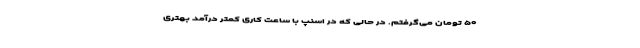
۵۰ تومان می‌گرفتم. در حالی که در اسنپ با ساعت کاری کمتر درآمد بهتری